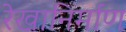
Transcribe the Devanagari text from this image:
रेखानिर्माण